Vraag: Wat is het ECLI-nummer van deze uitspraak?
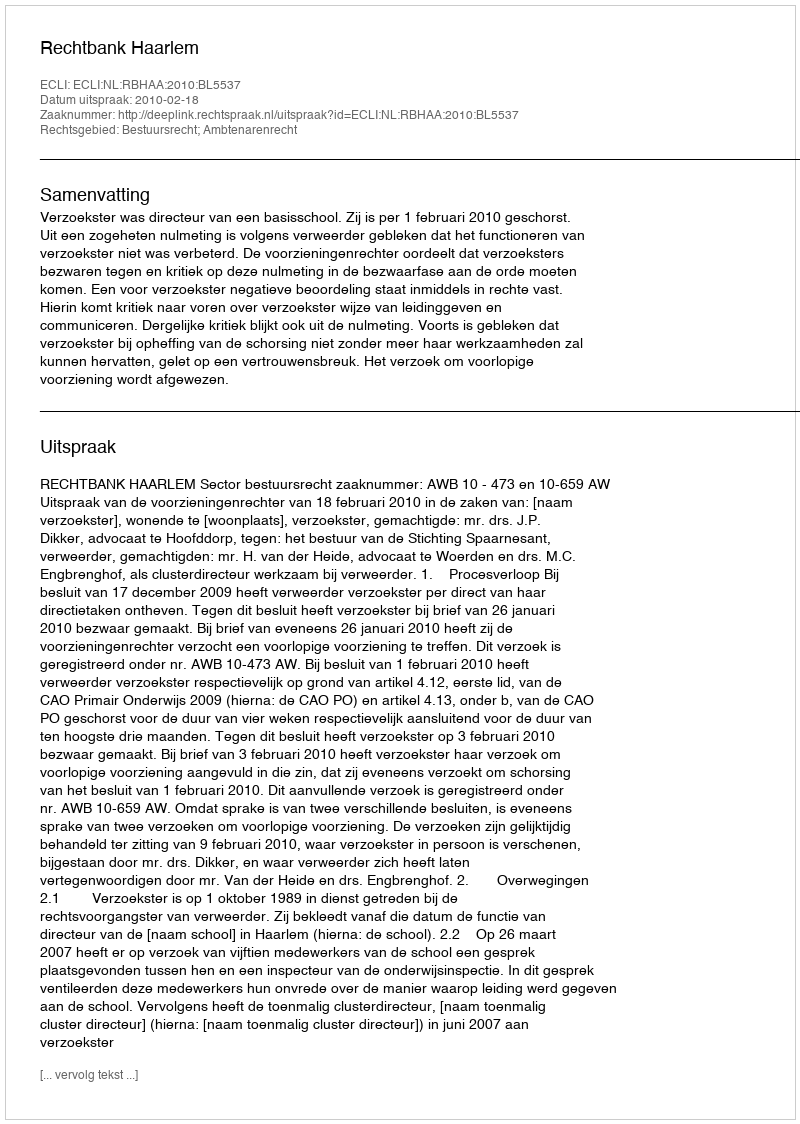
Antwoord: ECLI:NL:RBHAA:2010:BL5537